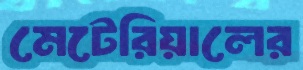
মেটেরিয়ালের